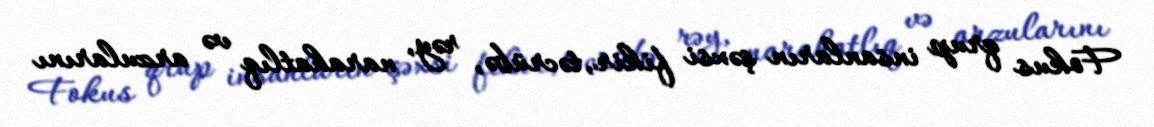
Fokus qrup insanların şəxsi fikir, təcrübə, rəy, narahatlıq və arzularını